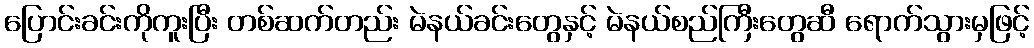
ပြောင်းခင်းကိုကူးပြီး တစ်ဆက်တည်း မဲနယ်ခင်းတွေနှင့် မဲနယ်စည်ကြီးတွေဆီ ရောက်သွားမှဖြင့်